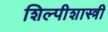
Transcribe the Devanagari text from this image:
शिल्पीशास्त्री